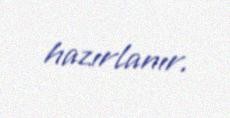
hazırlanır.